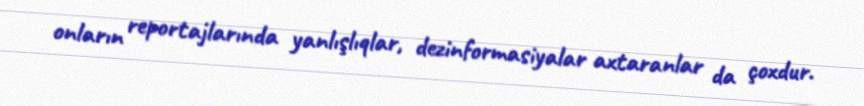
onların reportajlarında yanlışlıqlar, dezinformasiyalar axtaranlar da çoxdur.